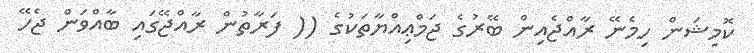
ކޮމިޝަން ހިމެނޭ ރާއްޖެއިން ބޭރުގެ ޖަމްޢިއްޔާތަކުގެ (( ފަރާތުން ރާއްޖޭގައި ބާއްވަން ޖެހޭ